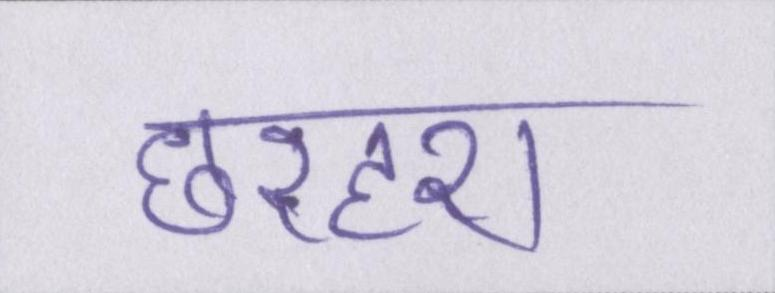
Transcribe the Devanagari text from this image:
छरहरा